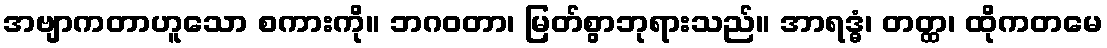
အဗျာကတာဟူသော စကားကို။ ဘဂဝတာ၊ မြတ်စွာဘုရားသည်။ အာရဒ္ဓံ၊ တတ္ထ၊ ထိုကတမေ